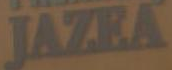
JAZEA